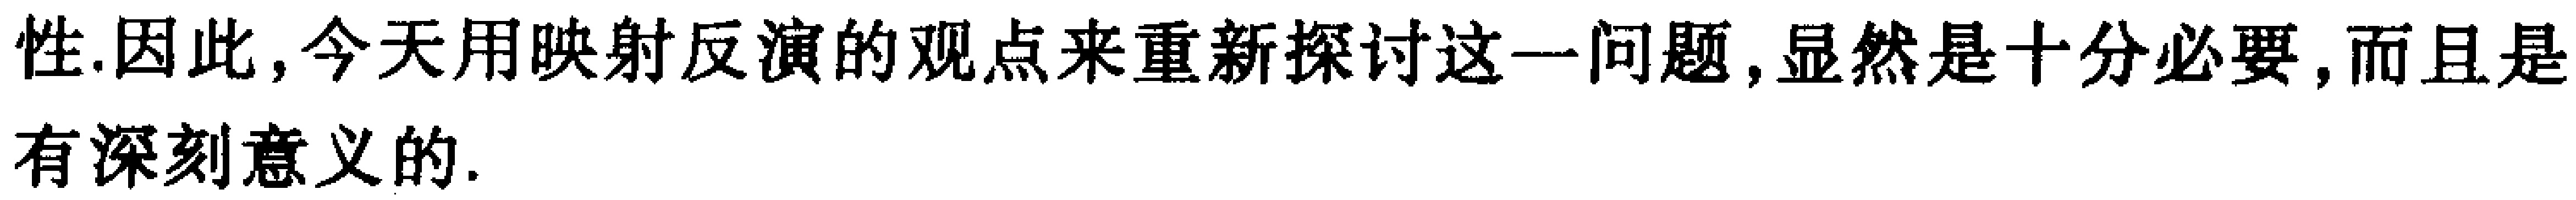
性.因此,今天用映射反演的观点来重新探讨这一问题,显然是十分必要,而且是有深刻意义的.